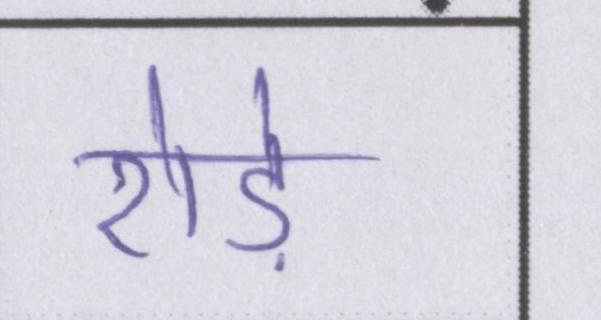
रोड़े